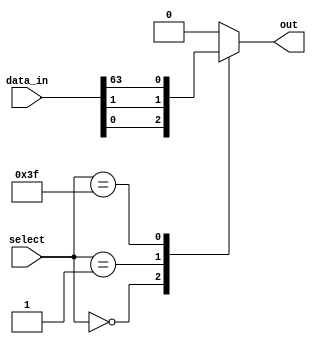
module mux_64to1(input [63:0] data_in,
               input [5:0] select,
               output reg out);

   always @(*) begin
      case(select)
         6'b000000: out = data_in[0];
         6'b000001: out = data_in[1];
         // Adding cases for each input
         // up to 64 data_in signals
         6'b111111: out = data_in[63];
         default: out = 0; // default output when select is invalid
      endcase
   end
endmodule